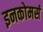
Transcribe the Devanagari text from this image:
इनकोमर्स